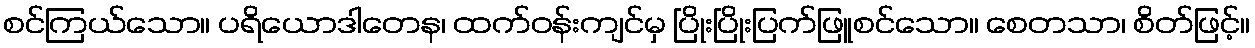
စင်ကြယ်သော။ ပရိယောဒါတေန၊ ထက်ဝန်းကျင်မှ ပြိုးပြိုးပြက်ဖြူစင်သော။ စေတသာ၊ စိတ်ဖြင့်။